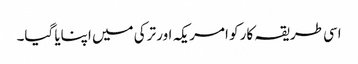
اسی طریقہ کار کو امریکہ اور ترکی میں اپنایا گیا۔